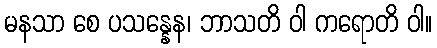
မနသာ စေ ပသန္နေန၊ ဘာသတိ ဝါ ကရောတိ ဝါ။